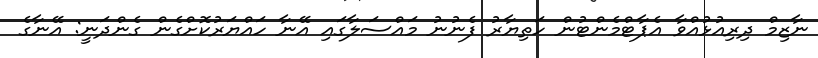
ނާޒިމް ދިރިއުޅުއްވާ އެޕާޓްމެންޓުން ހަތިޔާރު ފެނުނު މައްސަލާގައި އޭނާ ހައްޔަރުކޮށްގެން ގެންދަނީ: އޭނާގެ